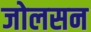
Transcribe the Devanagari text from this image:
जोलसन